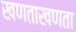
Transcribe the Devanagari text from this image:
खणताखणता